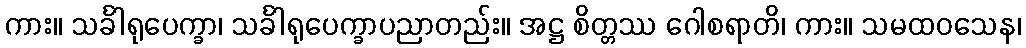
ကား။ သင်္ခါရုပေက္ခာ၊ သင်္ခါရုပေက္ခာပညာတည်း။ အဋ္ဌ စိတ္တဿ ဂေါစရာတိ၊ ကား။ သမထဝသေန၊